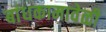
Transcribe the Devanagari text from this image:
बांधकामावेळी